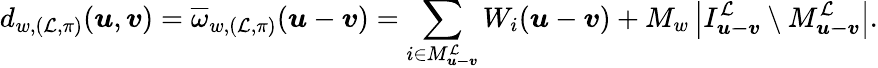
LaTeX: d_{w,(\mathcal{L},\pi)}(\boldsymbol{u},\boldsymbol{v})=\overline{{\omega}}_{w,(\mathcal{L},\pi)}(\boldsymbol{u}-\boldsymbol{v})=\sum_{i\in M_{\boldsymbol{u-v}}^{\mathcal{L}}}W_{i}(\boldsymbol{u}-\boldsymbol{v})+M_{w}\left|I_{\boldsymbol{u-v}}^{\mathcal{L}}\setminus M_{\boldsymbol{u-v}}^{\mathcal{L}}\right|.